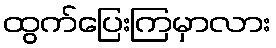
ထွက်ပြေးကြမှာလား